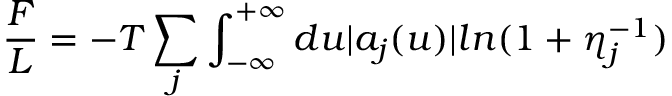
\frac { F } { L } = - T \sum _ { j } \int _ { - \infty } ^ { + \infty } d u | a _ { j } ( u ) | l n ( 1 + \eta _ { j } ^ { - 1 } )